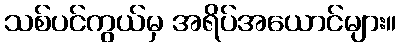
သစ်ပင်ကွယ်မှ အရိပ်အယောင်များ။